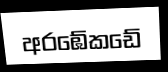
අරඹේකඩේ